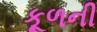
કૂળની